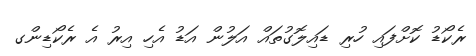
ރެކޯޑު ކޮށްފައި ހުރި ޑައިލޮގުތައް އަލުން އަޑު އެހި އިރު އެ ރެކޯޑިންގ